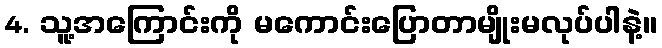
4. သူ့အကြောင်းကို မကောင်းပြောတာမျိုးမလုပ်ပါနဲ့။